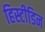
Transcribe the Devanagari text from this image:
हिस्टीडिन